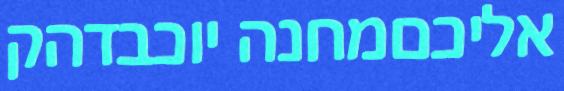
אליכםמחנה יוכבדהק